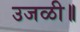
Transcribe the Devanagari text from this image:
उजळी॥